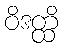
ဝိဒတ္ထိ